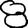
Digit: 8